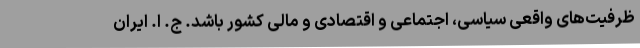
ظرفیت‌های واقعی سیاسی، اجتماعی و اقتصادی و مالی کشور باشد. ج. ا. ایران